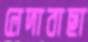
লেদাবাছা